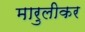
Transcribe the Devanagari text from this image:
मारुलीकर